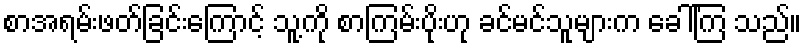
စာအရမ်းဖတ်ခြင်းကြောင့် သူ့ကို စာကြမ်းပိုးဟု ခင်မင်သူများက ခေါ်ကြ သည်။